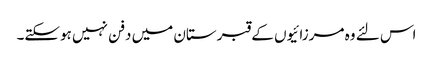
اس لئے وہ مرزائیوں کے قبرستان میں دفن نہیں ہوسکتے۔